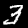
Digit: 3